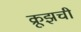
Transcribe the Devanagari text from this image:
क्रूझची